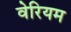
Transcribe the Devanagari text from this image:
वेरियम